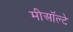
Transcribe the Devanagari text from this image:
मीऑल्टे